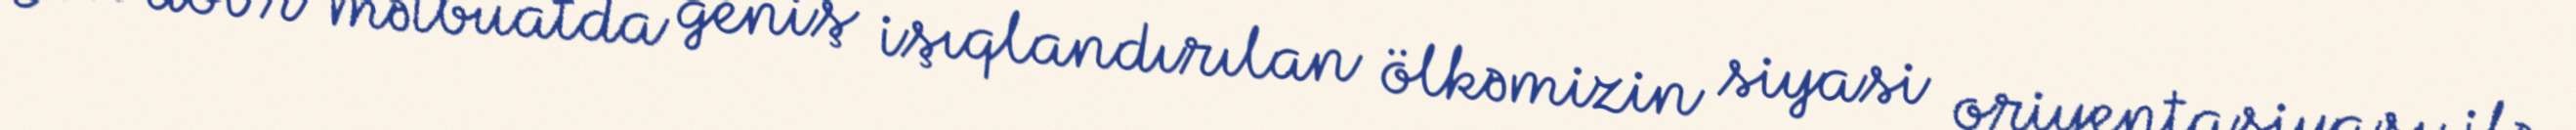
Son dövr mətbuatda geniş işıqlandırılan ölkəmizin siyasi oriyentasiyası ilə